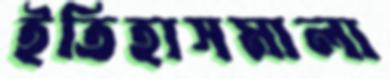
ইতিহাসমালা